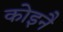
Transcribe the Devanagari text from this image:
कोइनै